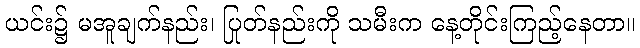
ယင်း၌ မအူချက်နည်း၊ ပြုတ်နည်းကို သမီးက နေ့တိုင်းကြည့်နေတာ။